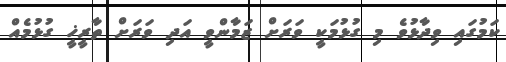
ކަމުގައި ވިދާޅުވެ މި ގުޅުމަކީ ވަރަށް ޒަމާންވީ އަދި ވަރަށް ތާރީޚީ ގުޅުމެއް